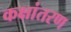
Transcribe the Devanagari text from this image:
कक्षांतरण